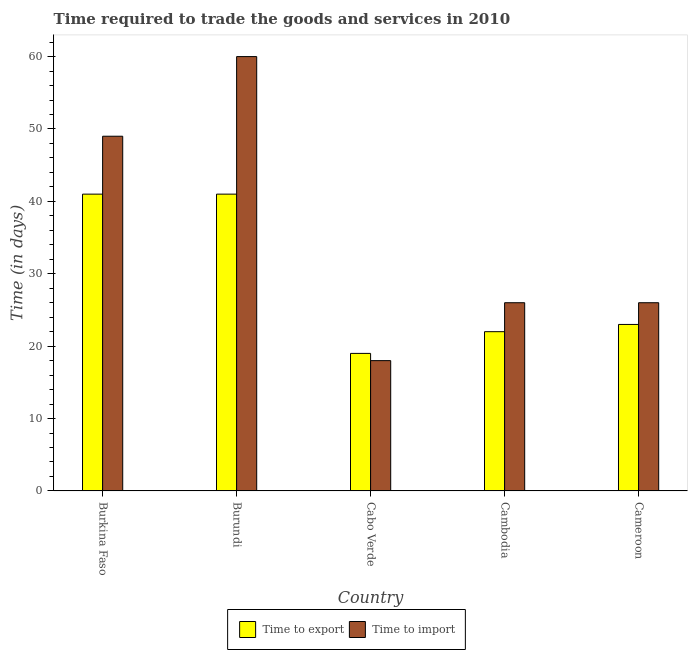
| Country | Time to export | Time to import |
 | --- | --- | --- |
 | Burkina Faso | 41 | 49 |
 | Burundi | 41 | 60 |
 | Cabo Verde | 19 | 18 |
 | Cambodia | 22 | 26 |
 | Cameroon | 23 | 26 |